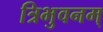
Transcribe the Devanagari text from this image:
त्रिभुवनम्